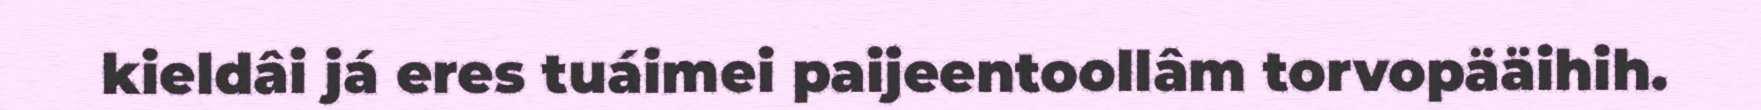
kieldâi já eres tuáimei paijeentoollâm torvopääihih.